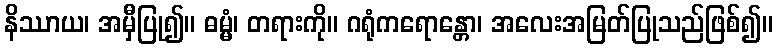
နိဿာယ၊ အမှီပြု၍။ ဓမ္မံ၊ တရားကို။ ဂရုံကရောန္တော၊ အလေးအမြတ်ပြုသည်ဖြစ်၍။